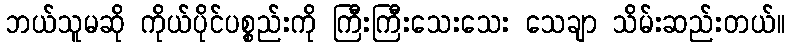
ဘယ်သူမဆို ကိုယ်ပိုင်ပစ္စည်းကို ကြီးကြီးသေးသေး သေချာ သိမ်းဆည်းတယ်။